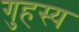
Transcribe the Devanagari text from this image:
गुहस्य